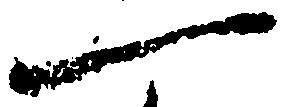
一